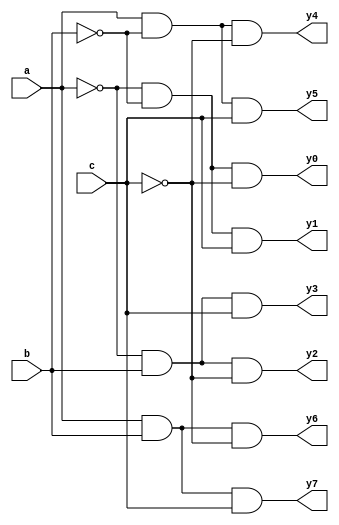
`timescale 1ns / 1ps
//////////////////////////////////////////////////////////////////////////////////
// Company: 
// Engineer: 
// 
// Design Name: 
// Module Name:    decoder 
// Project Name: 
// Target Devices: 
// Tool versions: 
// Description: 
//
// Dependencies: 
//
// Revision: 
// Revision 0.01 - File Created
// Additional Comments: 
//
//////////////////////////////////////////////////////////////////////////////////
module decoder(a,b,c,y0,y1,y2,y3,y4,y5,y6,y7);
    input a,b,c;
    output y0,y1,y2,y3,y4,y5,y6,y7;
    assign y0=~a&~b&~c;
	  assign y1=~a&~b&c;
	   assign y2=~a&b&~c;
		 assign y3=~a&b&c;
		  assign y4=a&~b&~c;
		   assign y5=a&~b&c;
			 assign y6=a&b&~c;
			  assign y7=a&b&c;
endmodule